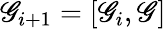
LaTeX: \mathscr{G}_{i+1}=[\mathscr{G}_{i},\mathscr{G}]